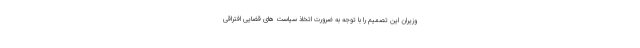
وزیران این تصمیم را با توجه به ضرورت اتخاذ سیاست های قضایی افتراقی